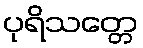
ပုရိသတ္တေ